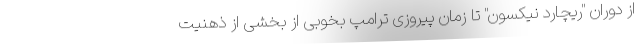
از دوران "ریچارد نیکسون" تا زمان پیروزی ترامپ بخوبی از بخشی از ذهنیت